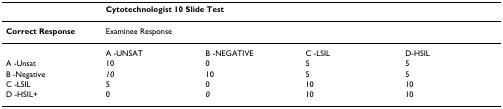
|  | <COLSPAN=4> Cytotechnologist 10 Slide Test |
 | --- | --- | --- | --- | --- |
 | Correct Response | <COLSPAN=4> Examinee Response |
 |  | A -UNSAT | B -NEGATIVE | C -LSIL | D-HSIL |
 | A -Unsat | 10 | 0 | 5 | 5 |
 | B -Negative | 10 | 10 | 5 | 5 |
 | C -LSIL | 5 | 0 | 10 | 10 |
 | D -HSIL+ | 0 | 0 | 10 | 10 |